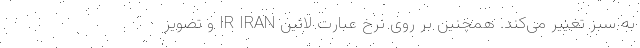
به سبز تغییر می‌کند. همچنین بر روی نرخ عبارت لاتین IR IRAN و تصویر